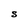
Character: S